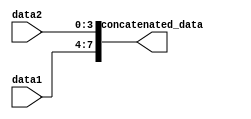
module ConcatenationAssignExample(
    input [3:0] data1,
    input [3:0] data2,
    output [7:0] concatenated_data
);

assign concatenated_data = {data1, data2};

endmodule